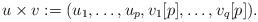
LaTeX: \begin{align*} u\times v:=(u_1,\ldots,u_p, v_1[p],\ldots,v_{q}[p]).\end{align*}